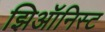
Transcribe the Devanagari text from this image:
झिऑनिस्ट